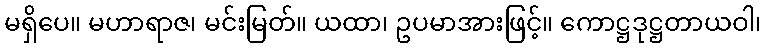
မရှိပေ။ မဟာရာဇ၊ မင်းမြတ်။ ယထာ၊ ဥပမာအားဖြင့်။ ကောဋ္ဌဒုဋ္ဌတာယဝါ၊